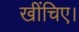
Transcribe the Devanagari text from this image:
खींचिए।